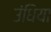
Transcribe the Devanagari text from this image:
उंधिया